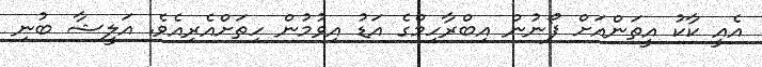
އެއީ ކާކު އީތަންއަށް ފޯނުން އިބްރާހިމްގެ އަޑު އިވުމުން ހިތަށްްއެރިއެވެ. އަލީޝާ ބުނި